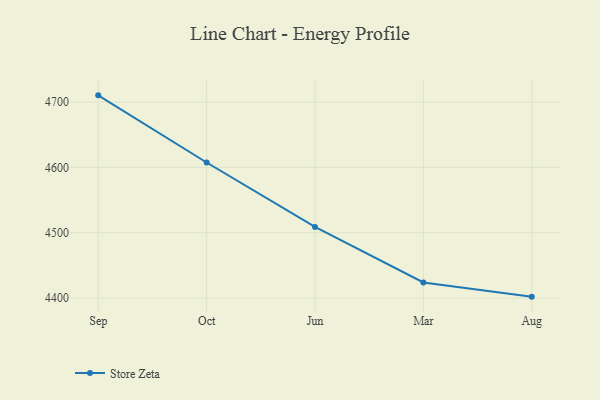
{"axis": {"x": "Month", "y": "Humidity (%)"}, "legend": ["Store Zeta"], "data": [{"x": "Sep", "y": 4710.3, "type": "Store Zeta"}, {"x": "Oct", "y": 4607.5, "type": "Store Zeta"}, {"x": "Jun", "y": 4508.9, "type": "Store Zeta"}, {"x": "Mar", "y": 4423.9, "type": "Store Zeta"}, {"x": "Aug", "y": 4402.1, "type": "Store Zeta"}]}